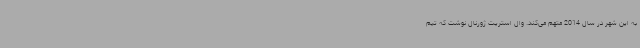
به این شهر در سال 2014 متهم می‌کند. وال استریت ژورنال نوشت که تیم